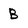
Character: b